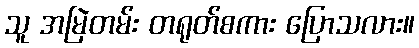
သူ အမြဲတမ်း တရုတ်စကား ပြောသလား။